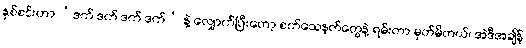
နှစ်စင်းဟာ ‘ဒက် ဒက် ဒက် ဒက်’ နဲ့ လျှောက်ပြီးတော့ စက်သေနတ်တွေနဲ့ ရမ်းတာ မှတ်မိတယ်၊ အဲဒီအချိန်